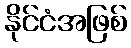
နိုင်ငံအဖြစ်